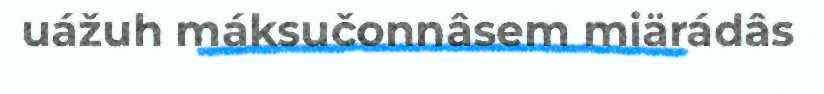
uážuh máksučonnâsem miärádâs